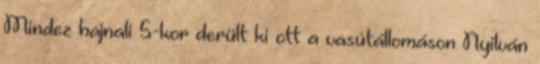
Mindez hajnali 5-kor derült ki ott a vasútállomáson Nyilván